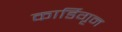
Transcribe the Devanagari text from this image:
कार्डिगृन